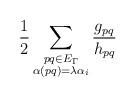
LaTeX: \begin{align*}\frac{1}{2}\sum_{\substack{pq\in E_\Gamma\\ \alpha(pq)=\lambda\alpha_i\\}}\frac{g_{pq}}{h_{pq}}\end{align*}